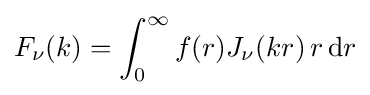
F_{\nu }(k)=\int _{0}^{\infty }f(r)J_{\nu }(kr)\,r\,\mathrm {d} r